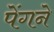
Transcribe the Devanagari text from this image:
पेंगने